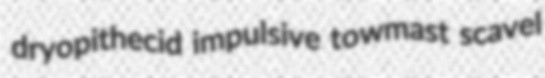
dryopithecid impulsive towmast scavel